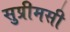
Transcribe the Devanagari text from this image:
सुप्रीमसी